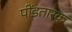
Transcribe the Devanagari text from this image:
पींडतारक